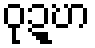
ဝုဍ္ဎာ